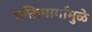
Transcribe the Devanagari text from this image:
भक्तिमार्गामुळे